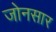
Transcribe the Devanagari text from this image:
जोनसार